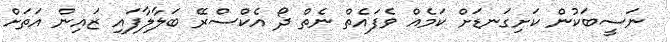
ނަސީބަކުން ކަށިގަނޑަށް ކަމެއް ވެފައެތް ނެތް ދޯ އެކްސްރޭ ބަލާލާފައި ޒައިން އަތަށް